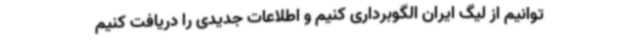
‌توانیم از لیگ ایران الگوبرداری کنیم و اطلاعات جدیدی را دریافت کنیم